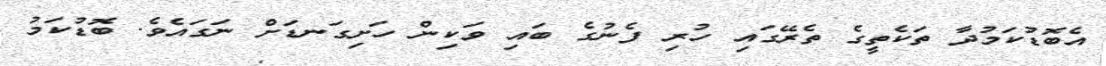
އެބޮޑުކަމުދާ ތަކެތީގެ ތެރޭގައި ހުރި ފެނުގެ ބައި ވަކިން ހަށިގަނޑަށް ނަގައެވެ. ބޮޑުކަމު